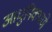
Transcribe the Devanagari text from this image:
आधुनिकपणे